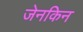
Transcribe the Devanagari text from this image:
जेनकिन